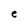
Character: e